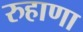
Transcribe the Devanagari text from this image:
रुहाणा